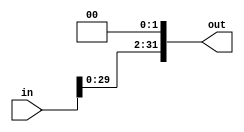
module sl2 #(parameter in_width=32,out_width=32)(
    input [in_width-1:0]in,
    output [out_width-1:0]out
);
assign out=in<<2;
endmodule